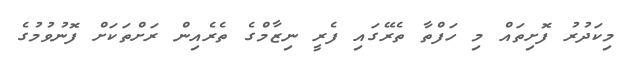
މިކަދުރު ފޮށިތައް މި ހަފްތާ ތެރޭގައި ފެރީ ނިޒާމްގެ ތެރެއިން ރަށްތަކަށް ފޮނުވުމުގެ